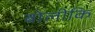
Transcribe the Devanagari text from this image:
बोलीकि